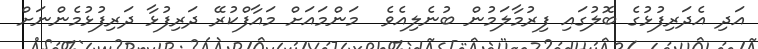
އަދި އެދަރިފުޅުގެ ބޮލުގައި ފިރުމާލަމުން ބުނެލިއެވެ  މަންމައަށް މައާފްކުރޭ ދަރިފުޅާ ދަރިފުޅުމެންނަށް